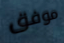
موفق